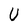
Character: U